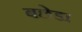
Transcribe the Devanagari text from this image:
बछेडा